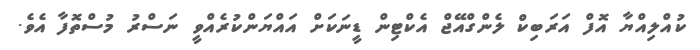
ކުއްލިއްޔާ އޮފް އަރަބިކް ލެންގްއޭޖް އެކްޓިން ޑީނަކަށް އައްޔަންކުރެއްވީ ނަސްރު މުސްތޮފާ އެވެ.